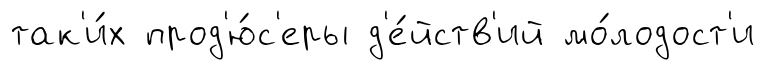
так'и́х прод'ю́с'еры д'е́йств'ий мо́лодост'и